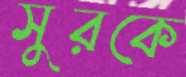
সুরকে